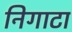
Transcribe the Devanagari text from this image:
निगाटा